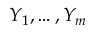
Y _ { 1 } , \dots , Y _ { m }